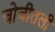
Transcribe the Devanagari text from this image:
चोचीतली